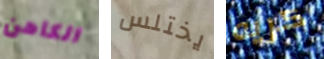
الكاهن يختلس كريه